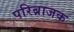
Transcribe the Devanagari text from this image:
परिब्राजक